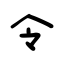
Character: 令